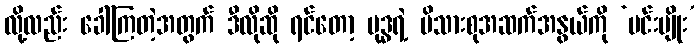
လို့လည်း ခေါ်ကြတဲ့အတွက် ဒီလိုဆို ရင်တော့ ဗုဒ္ဓရဲ့ မိသားစုအဆက်အနွယ်ကို ‘မင်းမျိုး’